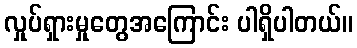
လှုပ်ရှားမှုတွေအကြောင်း ပါရှိပါတယ်။